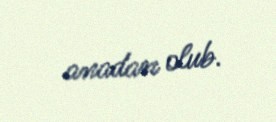
anadan olub.